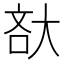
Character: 𡘯